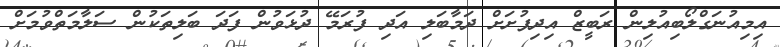
އިމިއުނަގްލޯބިއުލިން ރަބީޒް އިދިފުށަށް ދަމާބަލި އަދި ފުރަމޭ ދުޅަވުން ފަދަ ބަލިތަކުން ސަލާމަތްވުމަށް